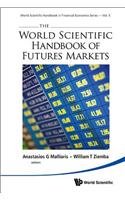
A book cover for The World Scientific Handbook of Futures Markets (World Scientific Handbook in Financial Economics); Anastasios G Malliaris; Business & Money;